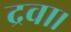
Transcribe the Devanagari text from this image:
द्रवा।